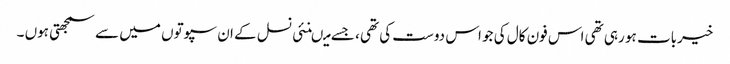
خیربات ہو رہی تھی اس فون کال کی جو اس دوست کی تھی ، جسے میںنئی نسل کے ان سپوتوں میں سے سمجھتی ہوں ۔